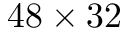
4 8 \times 3 2